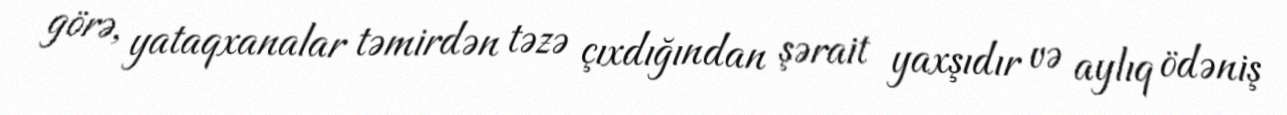
görə, yataqxanalar təmirdən təzə çıxdığından şərait yaxşıdır və aylıq ödəniş